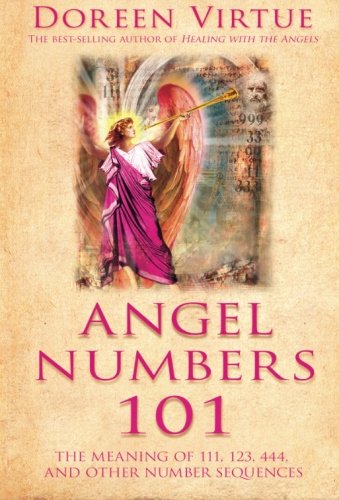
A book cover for Angel Numbers 101: The Meaning of 111, 123, 444, and Other Number Sequences; Doreen Virtue; Religion & Spirituality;